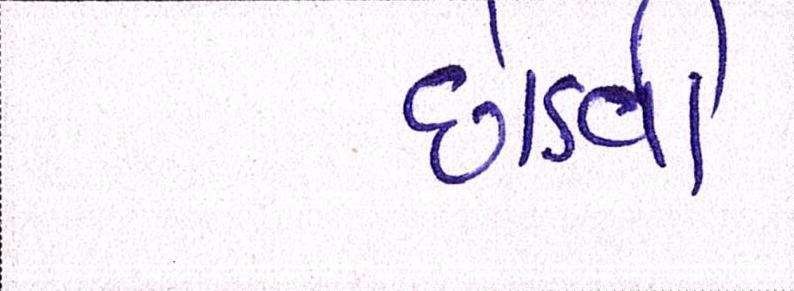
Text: છોડવી